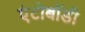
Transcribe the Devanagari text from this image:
एंटोबॉडी